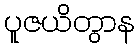
ပူဇယိတွာန